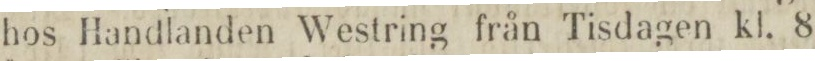
hos Handlanden Westring från Tisdagen kl. 8